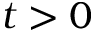
t > 0